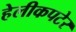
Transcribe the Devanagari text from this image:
हेलीकपटेर